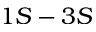
1 S - 3 S